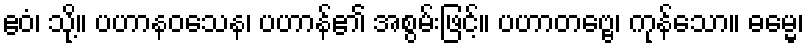
ဧဝံ၊ သို့။ ပဟာနဝသေန၊ ပဟာန်၏ အစွမ်းဖြင့်။ ပဟာတဗ္ဗေ၊ ကုန်သော။ ဓမ္မေ၊